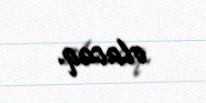
olacaq.